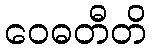
ဝေဓတီတိ